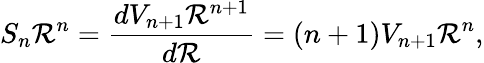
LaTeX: S_{n}\mathcal{R}^{n}={\frac{{dV_{n+1}\mathcal{R}^{n+1}}}{{d\mathcal{R}}}}={(n+1)V_{n+1}\mathcal{R}^{n}},